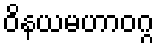
ဝိနယမဟာဝဂ္ဂ